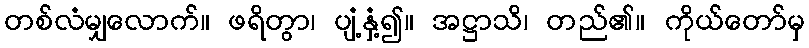
တစ်လံမျှလောက်။ ဖရိတွာ၊ ပျံ့နှံ့၍။ အဋ္ဌာသိ၊ တည်၏။ ကိုယ်တော်မှ